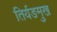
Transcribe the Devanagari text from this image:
तिर्यङमुख